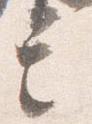
言